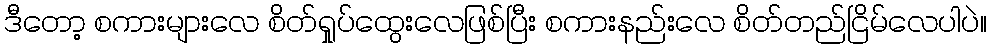
ဒီတော့ စကားများလေ စိတ်ရှုပ်ထွေးလေဖြစ်ပြီး စကားနည်းလေ စိတ်တည်ငြိမ်လေပါပဲ။